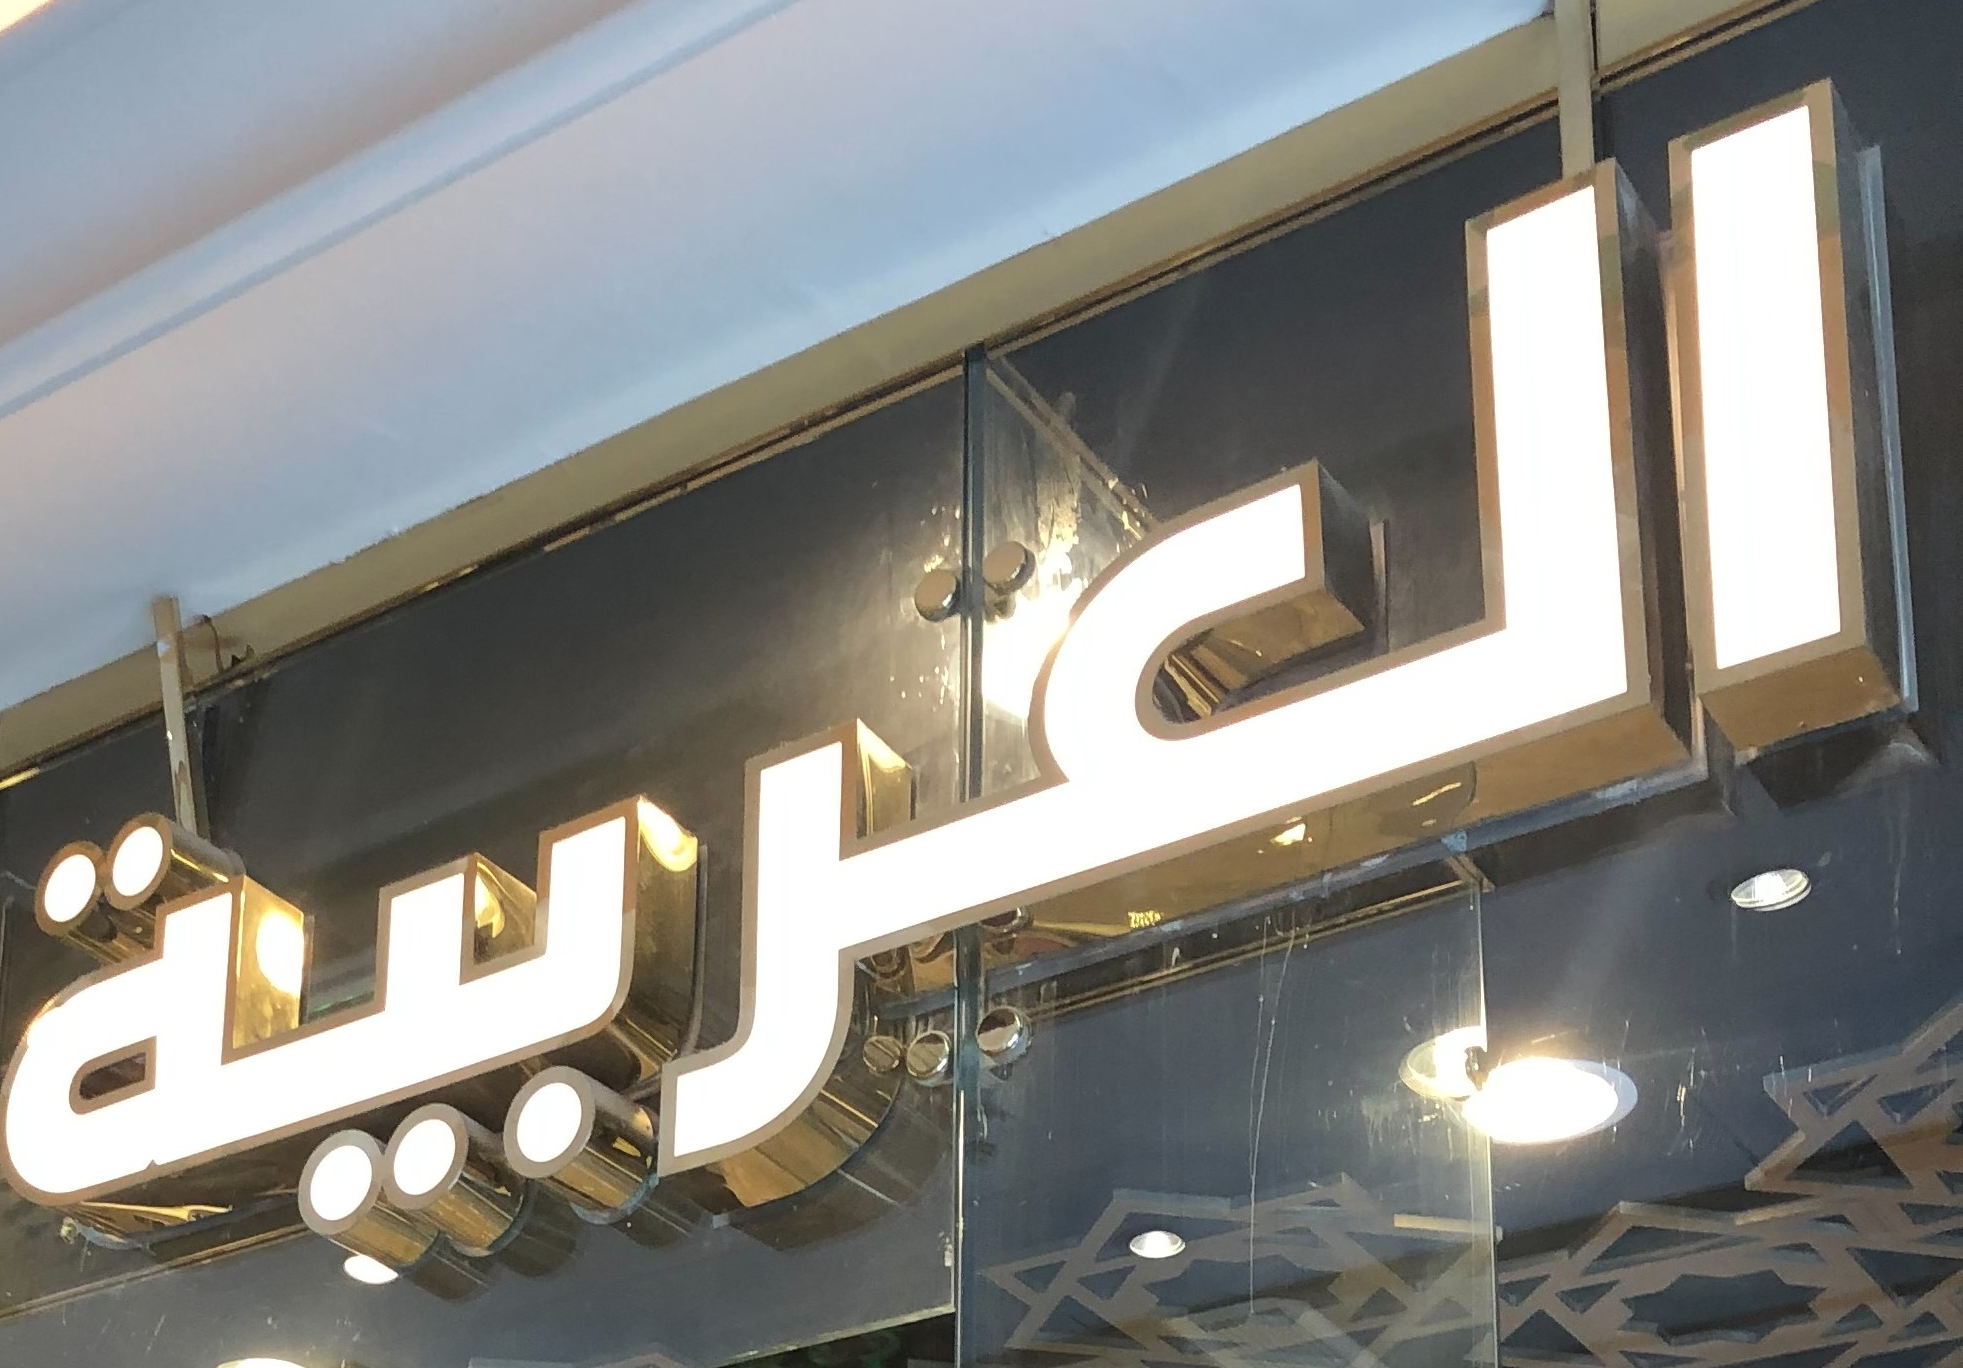
العربية